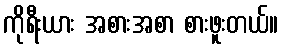
ကိုရီးယား အစားအစာ စားဖူးတယ်။